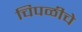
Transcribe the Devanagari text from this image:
चिपळीचे